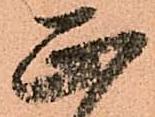
正